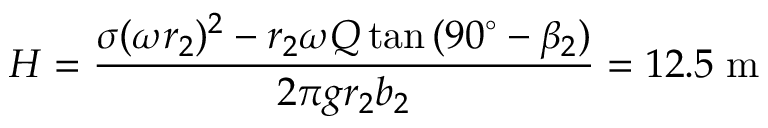
H = \frac { \sigma ( \omega r _ { 2 } ) ^ { 2 } - r _ { 2 } \omega Q \tan { ( 9 0 ^ { \circ } - \beta _ { 2 } ) } } { 2 \pi g r _ { 2 } b _ { 2 } } = 1 2 . 5 \; \mathrm { { m } }